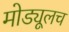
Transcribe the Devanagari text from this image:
मोड्यूलच